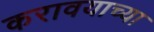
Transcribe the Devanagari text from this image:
करावयाच्‍या